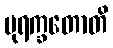
ပုရက္ခတောတိ